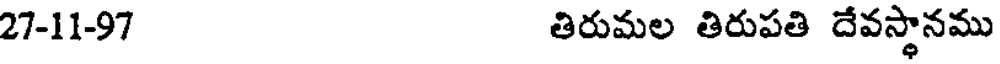
27-11-97 తిరుమల తిరుపతి దేవస్థానము